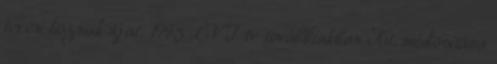
terén hoznak újat. 1995 LVI tv továbbiakban Kt. módosítása